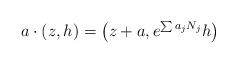
LaTeX: \begin{align*} a \cdot (z, h) = \bigl( z + a, e^{\sum a_j N_j} h \bigr)\end{align*}